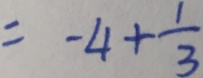
= - 4 + \frac { 1 } { 3 }